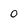
Character: 0